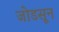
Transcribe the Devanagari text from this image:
जोडसून